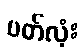
ပတ်လုံး